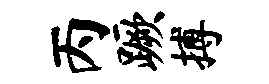
丙蹶搏